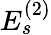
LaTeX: {E}_{s}^{(2)}